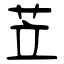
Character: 苙